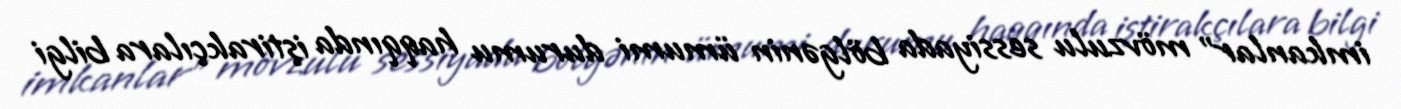
imkanlar” mövzulu sessiyada bölgənin ümumi durumu haqqında iştirakçılara bilgi